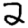
Digit: 2